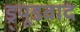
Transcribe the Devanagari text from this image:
ड्र्यूडवाद